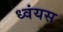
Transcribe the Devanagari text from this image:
ध्वंयस